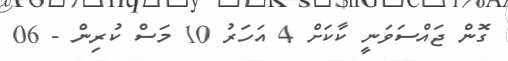
ގޮން ޖައްސަވަނީ ކާކަށް 4 އަހަރު 10 މަސް ކުރިން - 06